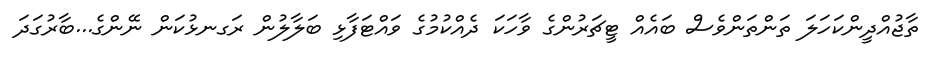
ތާޖުއްދީންކަހަލަ ތަންތަންވެސް ބައެއް ޓީޗަރުންގެ ވާހަކަ ދެއްކުމުގެ ވައްޓަފާޅި ބަލާލުން ރަގނޅުކަން ނޭންގެ...ބާރުގަދަ